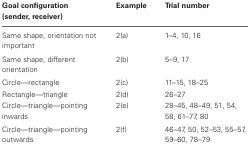
<table><thead><tr><td><b>Goal configuration (sender, receiver)</b></td><td><b>Example</b></td><td><b>Trial number</b></td></tr></thead><tbody><tr><td>Same shape, orientation not important</td><td>2(a)</td><td>1–4, 10, 16</td></tr><tr><td>Same shape, different orientation</td><td>2(b)</td><td>5–9, 17</td></tr><tr><td>Circle—rectangle</td><td>2(c)</td><td>11–15, 18–25</td></tr><tr><td>Rectangle—triangle</td><td>2(d)</td><td>26–27</td></tr><tr><td>Circle—triangle—pointing inwards</td><td>2(e)</td><td>28–45, 48–49, 51, 54, 58, 61–77, 80</td></tr><tr><td>Circle—triangle—pointing outwards</td><td>2(f)</td><td>46–47, 50, 52–53, 55–57, 59–60, 78–79</td></tr></tbody></table>